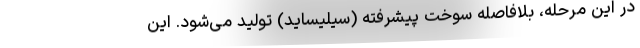
در این مرحله، بلافاصله سوخت پیشرفته (سیلیساید) تولید می‌شود. این